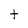
Character: t